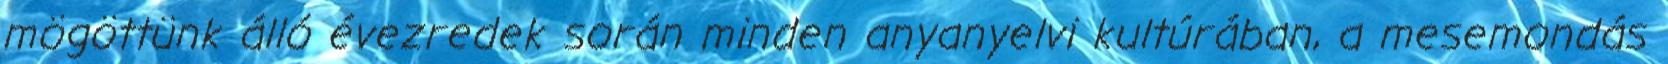
mögöttünk álló évezredek során minden anyanyelvi kultúrában, a mesemondás